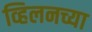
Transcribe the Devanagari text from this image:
व्हिलनच्या